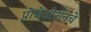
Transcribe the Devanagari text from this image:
प्रोजेस्टेरॉनचे